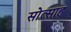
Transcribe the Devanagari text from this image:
सोत्साह